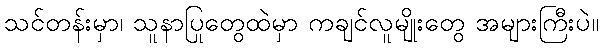
သင်တန်းမှာ၊ သူနာပြုတွေထဲမှာ ကချင်လူမျိုးတွေ အများကြီးပဲ။